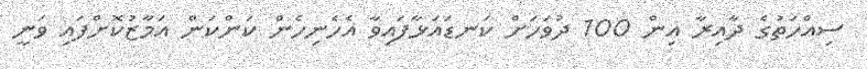
ސިއްހަތުގެ ދާއިރާ އިން 100 ދުވަހަށް ކަނޑައަޅާފައިވާ އެހެނިހެން ކަންކަން އަމާޒުކޮށްފައި ވަނީ